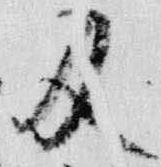
及